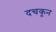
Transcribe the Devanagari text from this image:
दचकून